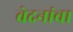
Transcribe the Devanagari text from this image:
वेदनांचा